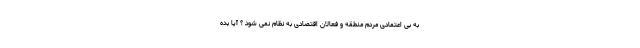
به بی اعتمادی مردم منطقه و فعالان اقتصادی به نظام نمی شود ؟ آیا بده